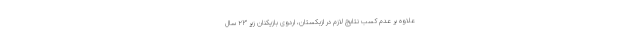
علاوه بر عدم کسب نتایج لازم در ازبکستان، اردوی بازیکنان زیر ۲۳ سال